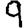
Digit: 9